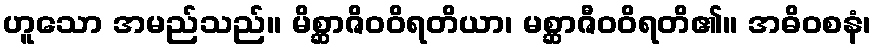
ဟူသော အမည်သည်။ မိစ္ဆာဇိဝဝိရတိယာ၊ မစ္ဆာဇီဝဝိရတိ၏။ အဓိဝစနံ၊